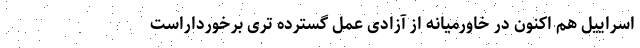
اسراییل هم اکنون در خاورمیانه از آزادی عمل گسترده تری برخورداراست